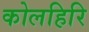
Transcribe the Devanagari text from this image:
कोलहिरि